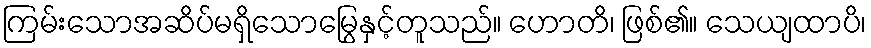
ကြမ်းသောအဆိပ်မရှိသောမြွေနှင့်တူသည်။ ဟောတိ၊ ဖြစ်၏။ သေယျထာပိ၊